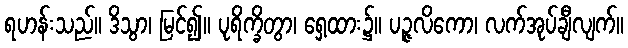
ရဟန်းသည်။ ဒိသွာ၊ မြင်၍။ ပုရိက္ခိတွာ၊ ရှေ့ထား၌။ ပဉ္ဇလိကော၊ လက်အုပ်ချီလျက်။